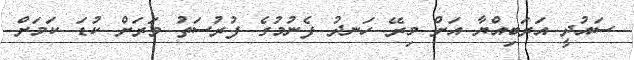
ސައުދީ އަރަބިއްޔާ އަށް މިރޭ ހަނދު ފެނުމުގެ ފުރުސަތު ވަރަށް ކުޑަ ކަމަށް